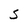
Character: S